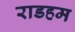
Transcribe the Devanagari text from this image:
राडहम